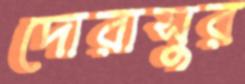
দোরাসুর